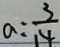
a = \frac { 3 } { 1 4 }